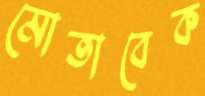
মোতাবেক